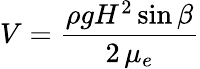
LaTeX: \displaystyle V=\frac{\rho gH^{2}\sin\beta}{2\, \mu_{e}}